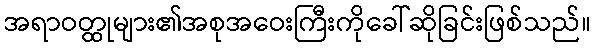
အရာဝတ္ထုများ၏အစုအဝေးကြီးကိုခေါ်ဆိုခြင်းဖြစ်သည်။